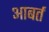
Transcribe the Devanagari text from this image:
आबर्त